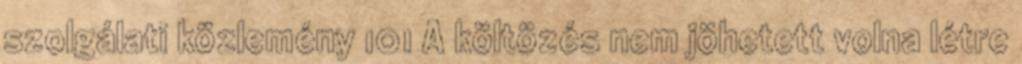
szolgálati közlemény 101 A költözés nem jöhetett volna létre